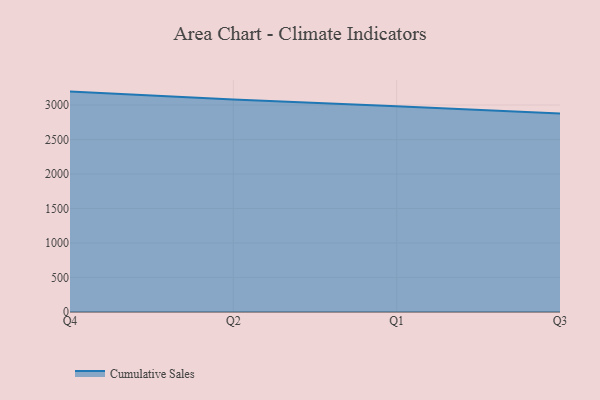
{"axis": {"x": "Quarter", "y": "Operating Costs (USD K)"}, "legend": ["Cumulative Sales"], "data": [{"x": "Q4", "y": 3194.6, "type": "Cumulative Sales"}, {"x": "Q2", "y": 3080.4, "type": "Cumulative Sales"}, {"x": "Q1", "y": 2984.0, "type": "Cumulative Sales"}, {"x": "Q3", "y": 2876.6, "type": "Cumulative Sales"}]}